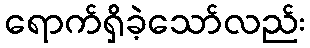
ရောက်ရှိခဲ့သော်လည်း